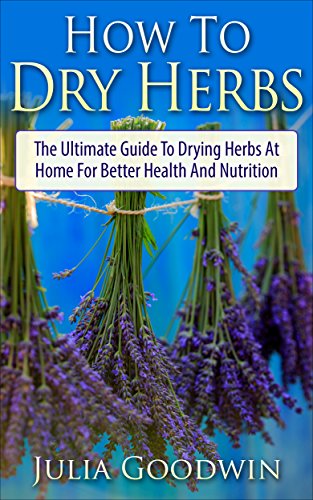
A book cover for How To Dry Herbs: The Ultimate Guide To Drying Herbs At Home For Better Health And Nutrition (Preserving Herbs, Drying Food, Herbs And Spices); Julia Goodwin; Cookbooks, Food & Wine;